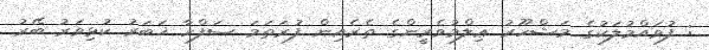
: ފުވައްމުލަކުގެ މަޝްހޫރު ޢިލްމުވެރީންގެ ތެރެއިން ފުރަތަމަ ސަފްހާ ޚަބަރު ކުޅިވަރު ބޭރު